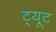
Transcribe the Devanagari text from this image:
ट्यूट